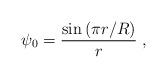
LaTeX: \begin{align*}\psi_0=\frac{\sin\left( \pi r/R\right)}{r}\;,\end{align*}